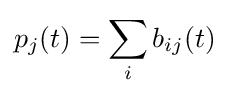
p_{j}(t)=\sum _{i}b_{ij}(t)